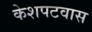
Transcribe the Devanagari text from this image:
केशपटवास